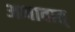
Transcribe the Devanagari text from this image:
अभावात्